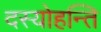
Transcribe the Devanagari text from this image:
दस्योहन्ति